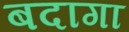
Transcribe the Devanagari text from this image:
बदागा